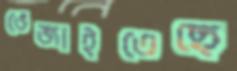
ভেজাইতেছে